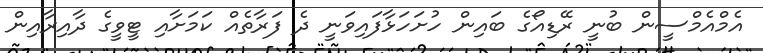
އެމްއެމްސީން ބުނީ ރޭޑިއޯގެ ބައިން ހުށަހަޅާފައިވަނީ ދެ ފަރާތެއް ކަމަށާއި ޓީވީގެ ދާއިރާއިން